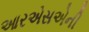
આરએસએની